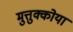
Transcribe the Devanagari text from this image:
मुत्तुक्कोया